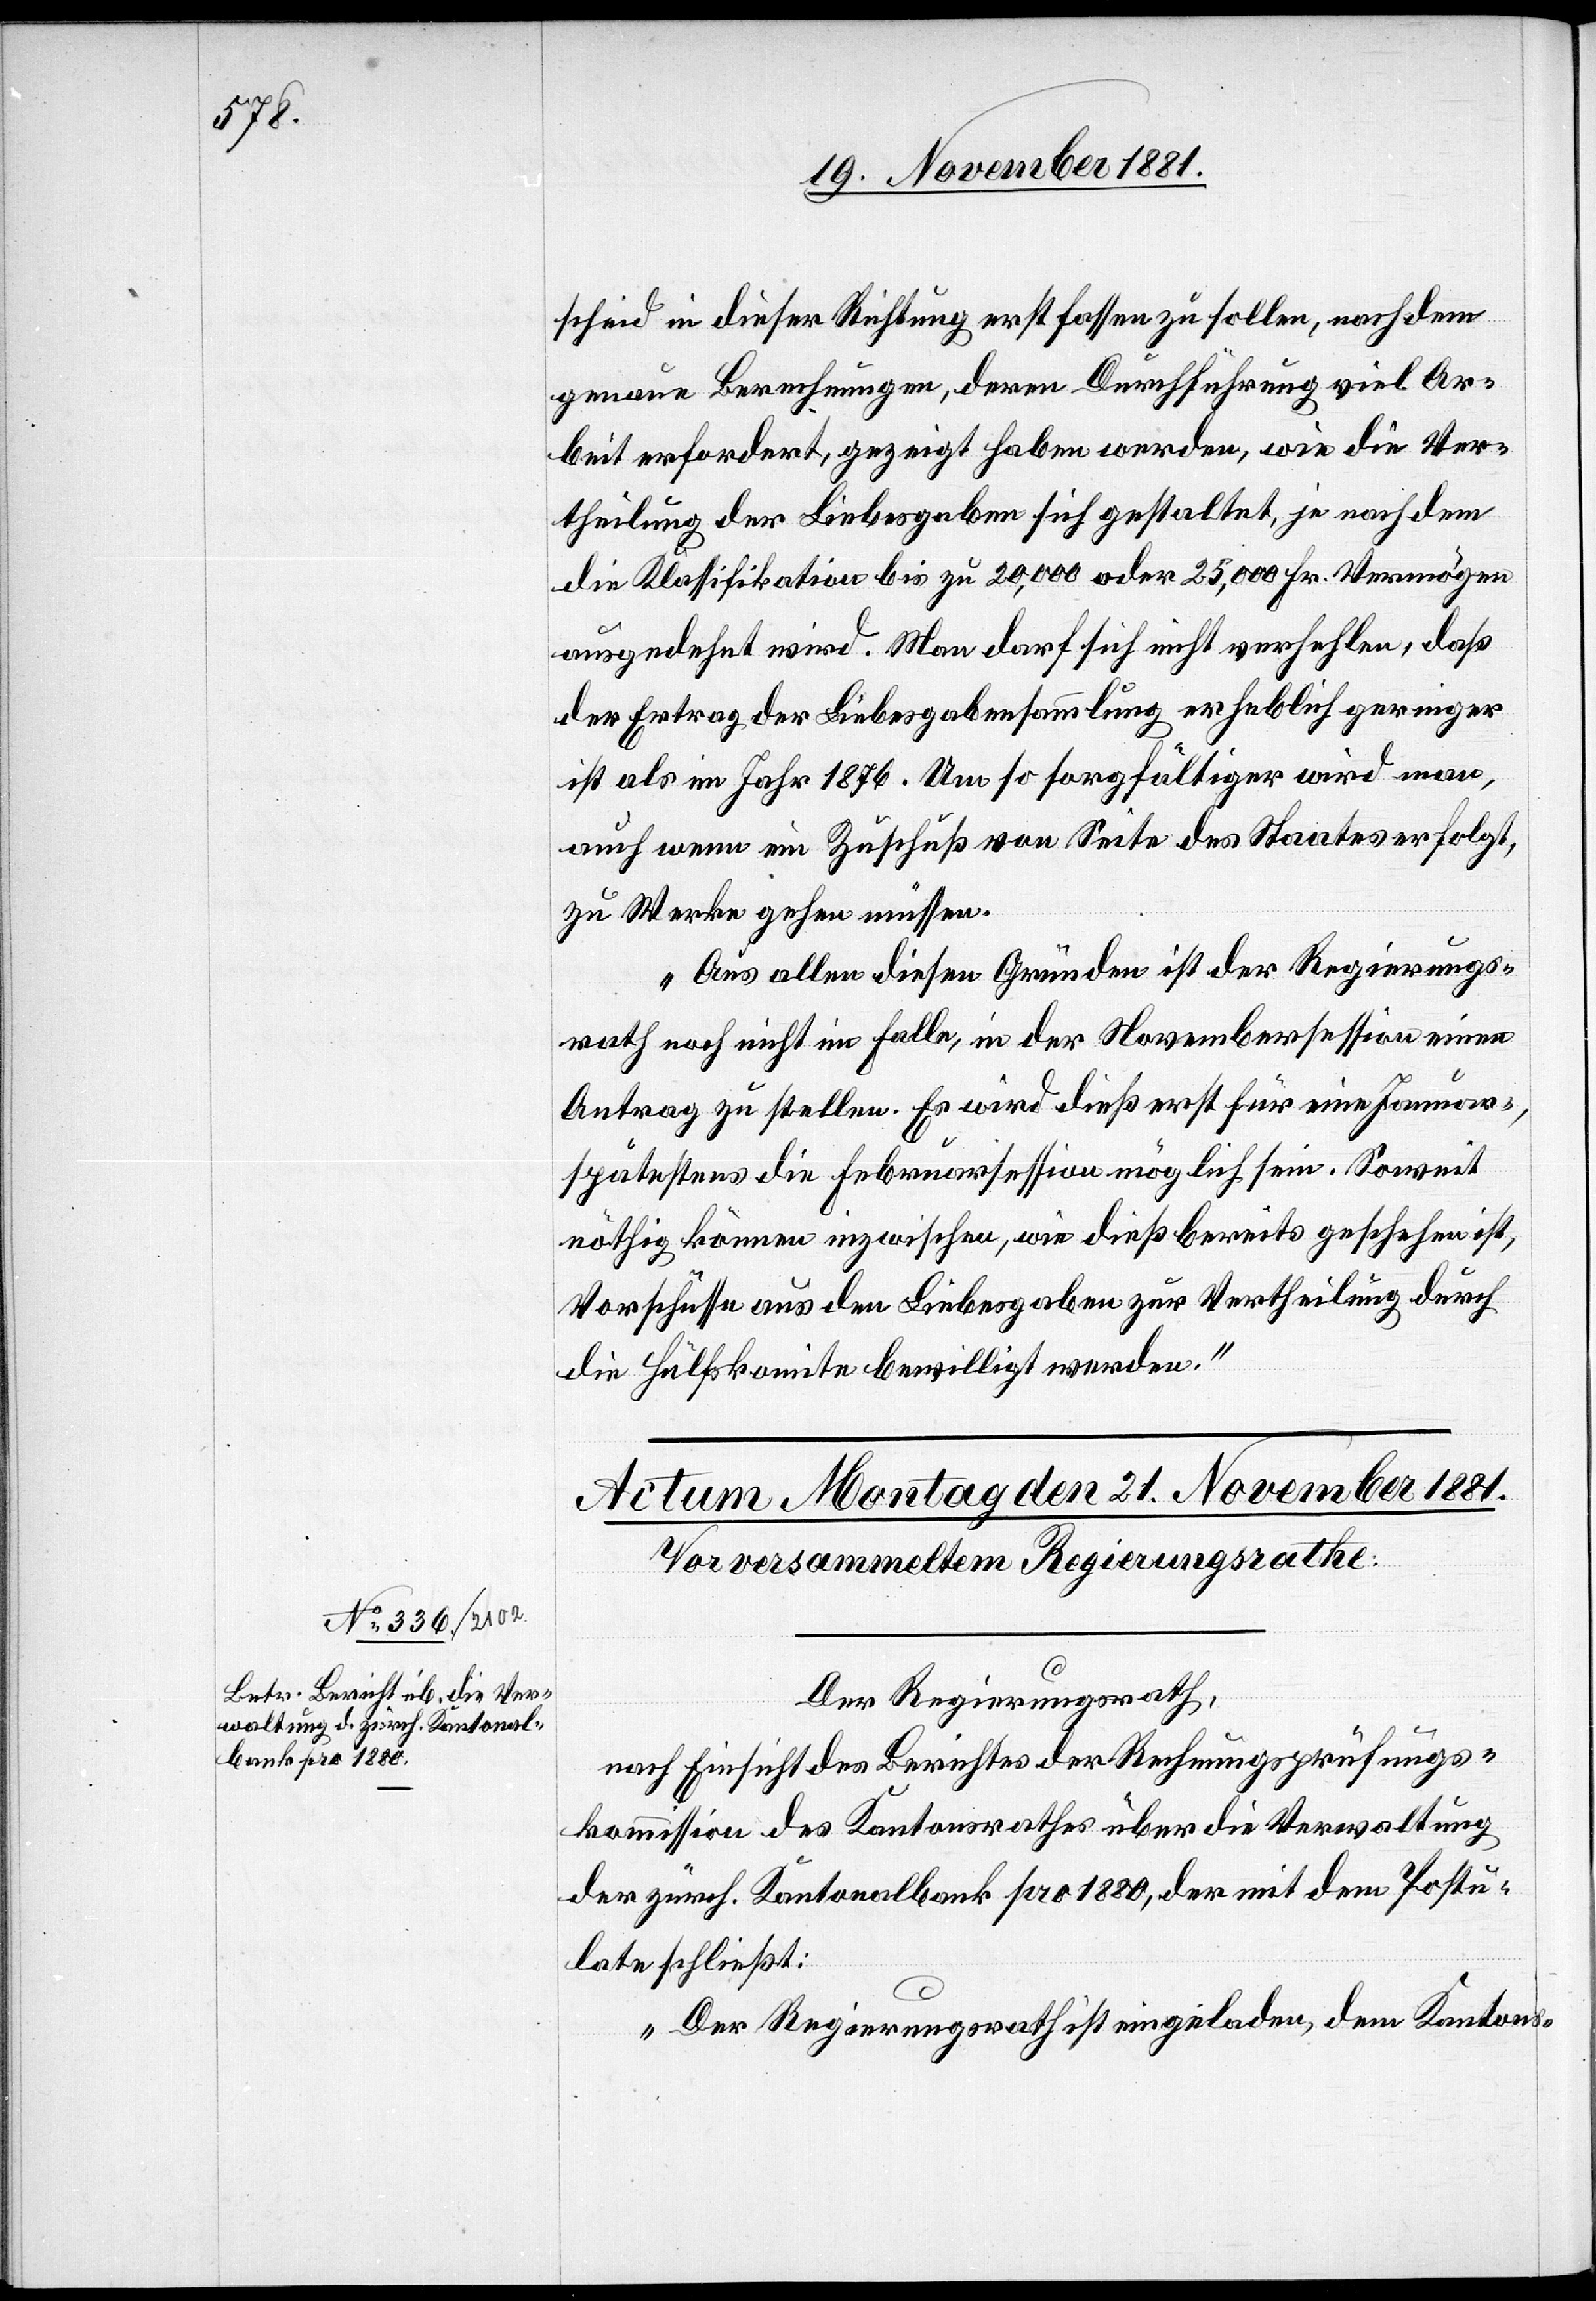
scheid in dieser Richtung erst fassen zu sollen, nachdem
genaue Berechnungen, deren Durchführung viel Ar¬
beit erfordert, gezeigt haben werden, wie die Ver¬
theilung der Liebesgaben sich gestaltet, ja nachdem
die Klassifikation bis zu 20,000 oder 25,000 Fr. Vermögen
ausgedehnt wird. Man darf sich nicht verhehlen, daß
der Ertrag der Liebesgabensammlung erheblich geringer
ist als im Jahr 1876. Um so sorgfältiger wird man,
auch wenn ein Zuschuß von Seite des Staates erfolgt,
zu Werke gehen müssen.
Aus allen diesen Gründen ist der Regierungs¬
rath noch nicht im Falle, in der Novembersession einen
Antrag zu stellen. Es wird dieß erst für eine Januar-,
spätestens die Februarsession möglich sein. Soweit
nöthig können inzwischen, wie dieß bereits geschehen ist,
Vorschüsse aus den Liebesgaben zur Vertheilung durch
die Hülfskomite bewilligt werden.“
Der Regierungsrath,
nach Einsicht des Berichtes der Rechnungsprüfungs¬
kommission des Kantonsrathes über die Verwaltung
der zürch. Kantonalbank pro 1880, der mit dem Postu¬
late schließt:
„Der Regierungsrath ist eingeladen, dem Kantons-